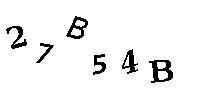
27B54B